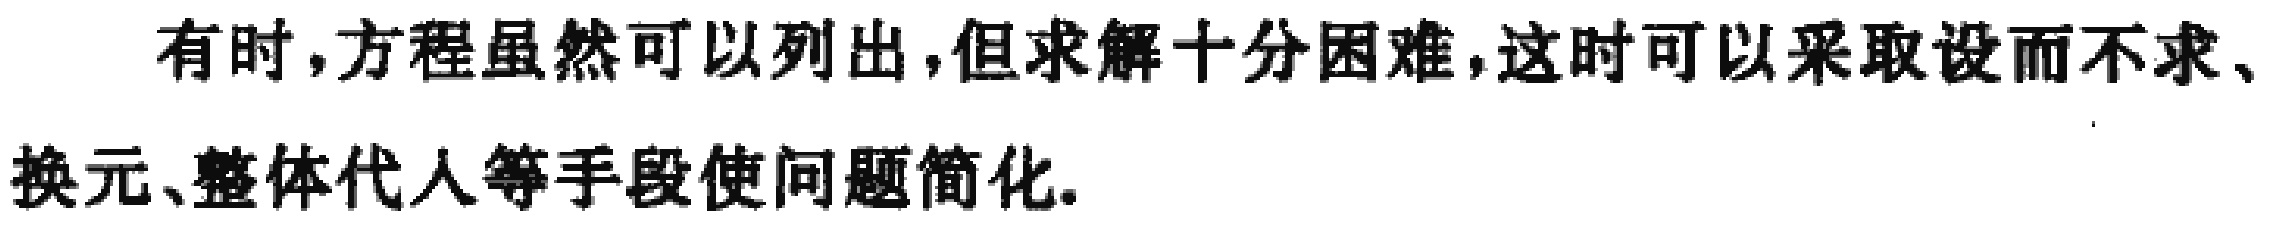
有时，方程虽然可以列出，但求解十分困难，这时可以采取设而不求、换元、整体代入等手段使问题简化.